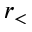
r _ { < }